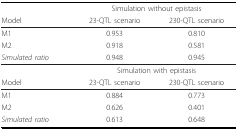
<table><thead><tr><td></td><td colspan="2"><b>Simulation without epistasis</b></td></tr><tr><td><b>Model</b></td><td><b>23-QTL scenario</b></td><td><b>230-QTL scenario</b></td></tr></thead><tbody><tr><td>M1</td><td>0.953</td><td>0.810</td></tr><tr><td>M2</td><td>0.918</td><td>0.581</td></tr><tr><td><i>Simulated ratio</i></td><td>0.948</td><td>0.945</td></tr><tr><td></td><td colspan="2">Simulation with epistasis</td></tr><tr><td>Model</td><td>23-QTL scenario</td><td>230-QTL scenario</td></tr><tr><td>M1</td><td>0.884</td><td>0.773</td></tr><tr><td>M2</td><td>0.626</td><td>0.401</td></tr><tr><td><i>Simulated ratio</i></td><td>0.613</td><td>0.648</td></tr></tbody></table>